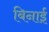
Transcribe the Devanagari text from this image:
बिनाई